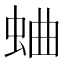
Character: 蛐